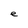
Character: e